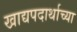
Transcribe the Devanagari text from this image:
खाद्यपदार्थाच्या